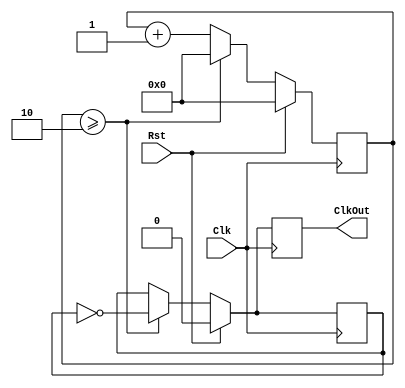
`timescale 1ns / 1ps
//////////////////////////////////////////////////////////////////////////////////
// Company: 
// Engineer: 
// 
// Design Name: 
// Module Name: ClkDiv
// Project Name: 
// Target Devices: 
// Tool Versions: 
// Description: 
// 
// Dependencies: 
// 
// Revision:
// Revision 0.01 - File Created
// Additional Comments:
// 
//////////////////////////////////////////////////////////////////////////////////


module ClkDiv #(parameter DivVal = 2)(Clk, Rst, ClkOut);
    input Clk, Rst;
    
    output reg ClkOut;
    
    reg [9:0] DivCnt;
    reg ClkInt;
    
    always @(posedge Clk) begin
        if (Rst == 1) begin
            ClkOut <= 0;
            ClkInt <= 0;
            DivCnt <= 0;
        end    
        else begin
            if (DivCnt >= DivVal) begin
                ClkOut <= ~ClkInt;
                ClkInt <= ~ClkInt;
                DivCnt <= 0;
            end
            else begin 
                ClkOut <= ClkInt;
                ClkInt <= ClkInt;
                DivCnt <= DivCnt + 1;
            end
        end
    end
            
endmodule